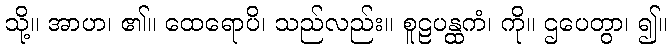
သို့။ အာဟ၊ ၏။ ထေရောပိ၊ သည်လည်း။ စူဠပန္ထကံ၊ ကို။ ဌပေတွာ၊ ၍။